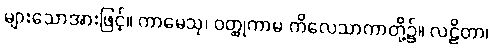
များသောအားဖြင့်။ ကာမေသု၊ ဝတ္ထုကာမ ကိလေသာကာတို့၌။ လဠိတာ၊